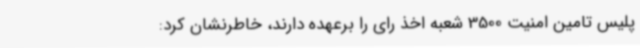
پلیس تامین امنیت 3500 شعبه اخذ رای را برعهده دارند، خاطرنشان کرد: